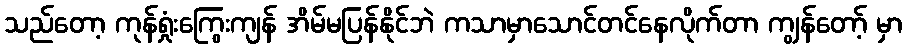
သည်တော့ ကုန်ရှုံးကြွေးကျန် အိမ်မပြန်နိုင်ဘဲ ကသာမှာသောင်တင်နေလိုက်တာ ကျွန်တော့် မှာ